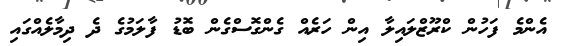
އެންމެ ފަހުން ކްރޫޒްލައިލާ އިން ހަރެއް ގެންގޮސްގެން ބޮޑު ފާލަމުގެ ދެ ދިމާލެއްގައި